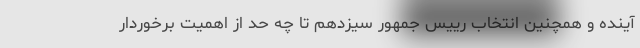
آینده و همچنین انتخاب رییس جمهور سیزدهم تا چه حد از اهمیت برخوردار